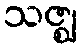
သဇ္ဈ